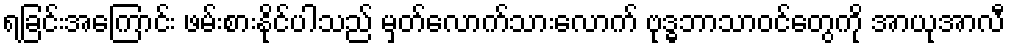
ရခြင်းအကြောင်း ဖမ်းစားနိုင်ပါသည် မှတ်လောက်သားလောက် ဗုဒ္ဓဘာသာဝင်တွေကို အာယုအာလီ